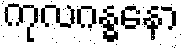
ကုလဂန္ဓနော